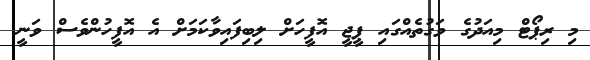
މި ރިޕޯޓް މިއަދުގެ ވަގުތެއްގައި ޕީޖީ އޮފީހަށް ލިބިފައިވާކަމަށް އެ އޮފީހުންވެސް ވަނީ